Vaccination in Bombay 1924-1928 - 1924-1928
Year: 1924
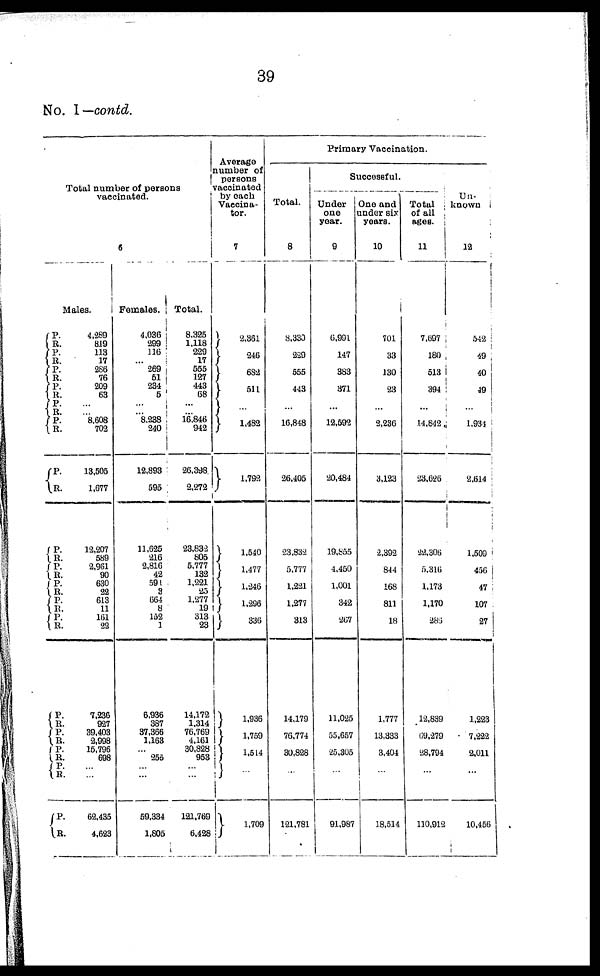
39
No. I— contd.
Total number of persons
vaccinated.
6
Males.
P.
R.
P.
R.
P.
R.
P.
R.
P.
R.
P.
R.
P.
R.
P.
R.
P.
R.
P.
R.
P.
R.
P. R.
P.
R.
P. R.
P.
R.
P.
R.
P.
R.
4,289
819
113
17
286
76
209
63
...
...
8,608
702
13,505
1,677
12,207
589
2,961
90
630
22
613
11
161
22
7,236
927
39,403
2,998
15,796
698
...
...
62,435
4,623
Females.
4,036
299
116
...
269
51
234
5
...
...
8,238
240
12,893
595
11,625
216
2,816
42
591
3
664
8
152
1
6,936
387
37,366
1,163
...
255
...
...
59,334
1,805
Total.
8,325
1,118
229
17
555
127
443
68
...
...
16,846
942
26,398
2,272
23,832
805
5,777
132
1,221
25
1,277
19
313
23
14,172
1,314
76,769
4,161
30,828
953
...
...
121,769
6,428
Average
number of
persons
vaccinated
by each
Vaccina¬
tor.
7
2,361
246
682
511
...
1,482
1,792
1,540
1,477
1,246
1,296
336
1,936
1, 759
1,514
...
1,709
Primary Vaccination.
Total.
8
8,330
229
555
443
...
16,848
26,405
23,832
5,777
1,221
1,277
313
14,179
76,774
30,828
...
121,781
Successful.
Under
one
year.
9
6,991
147
383
371
...
12,592
20,484
19,855
4,450
1,001
342
267
11,025
55,657
25,305
...
91,987
One and
under six
years.
10
701
33
130
23
...
2,236
3,123
2,392
844
168
811
18
1,777
13,333
3,404
...
18,514
Total
of all
ages.
11
7,697
180
513
394
...
14,842
23,626
22,306
5,316
1,173
1,170
286
12,839
69,279
28,794
...
110,912
Un-
known
12
542
49
40
49
...
1,934
2,614
1,509
456
47
107
27
1,223
7,222
2,011
...
10,456